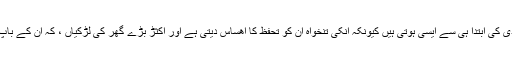
اکثر ورکنگ ویمن شادی کی ابتدا ہی سے ایسی ہوتی ہیں کیونکہ انکی تنخواہ ان کو تحفظ کا اھساس دیتی ہے اور اکثڑ بڑے گھر کی لڑکیاں ، کہ ان کے باپ کی دولت اور ھیثیت ۔